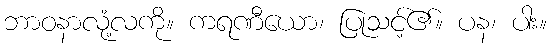
ဘာဝနာလုံ့လကို။ ကရဏီယော၊ ပြုသင့်၏။ ပန၊ ပါး။